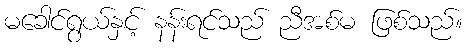
မခေါင်ရွယ်နှင့် နန်းရင်သည် ညီအစ်မ ဖြစ်သည်။